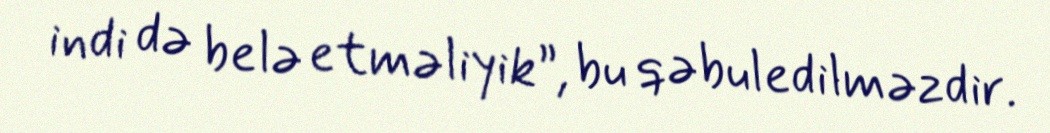
indi də belə etməliyik”, bu qəbuledilməzdir.